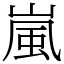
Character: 嵐